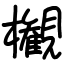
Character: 𣠤